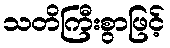
သတိကြီးစွာဖြင့်